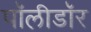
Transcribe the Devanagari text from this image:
पॉलीडॉर